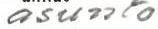
asunto